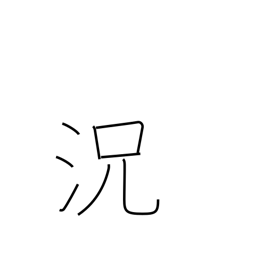
Meaning: condition